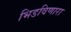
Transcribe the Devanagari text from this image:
भिडविणारा